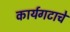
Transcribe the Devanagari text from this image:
कार्यगटाचे